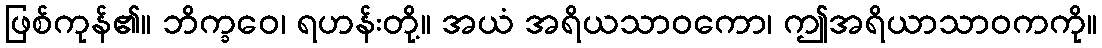
ဖြစ်ကုန်၏။ ဘိက္ခဝေ၊ ရဟန်းတို့။ အယံ အရိယသာဝကော၊ ဤအရိယာသာဝကကို။